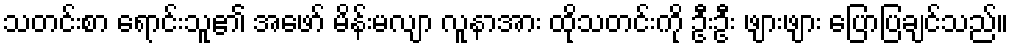
သတင်းစာ ရောင်းသူ၏ အဖော် မိန်းမလျာ လူနာအား ထိုသတင်းကို ဦးဦး ဖျားဖျား ပြောပြချင်သည်။